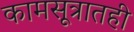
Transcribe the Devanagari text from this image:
कामसूत्रातही